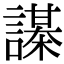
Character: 𧬔